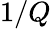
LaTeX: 1/Q